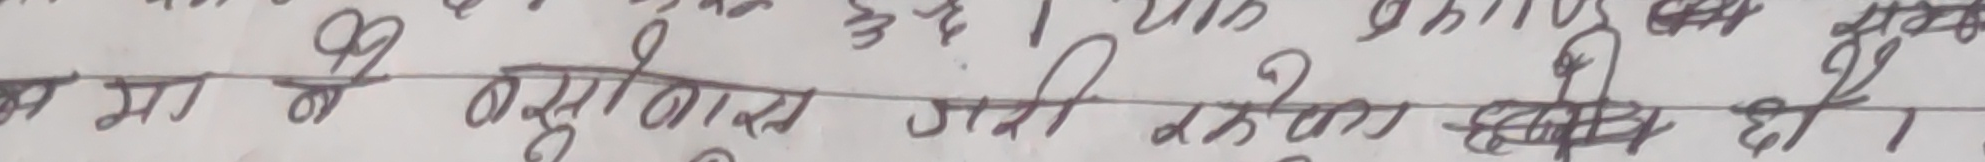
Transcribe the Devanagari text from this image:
न मा हो सुभाराम गरी रहेका छन दी ।